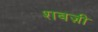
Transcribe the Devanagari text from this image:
शबज़ी